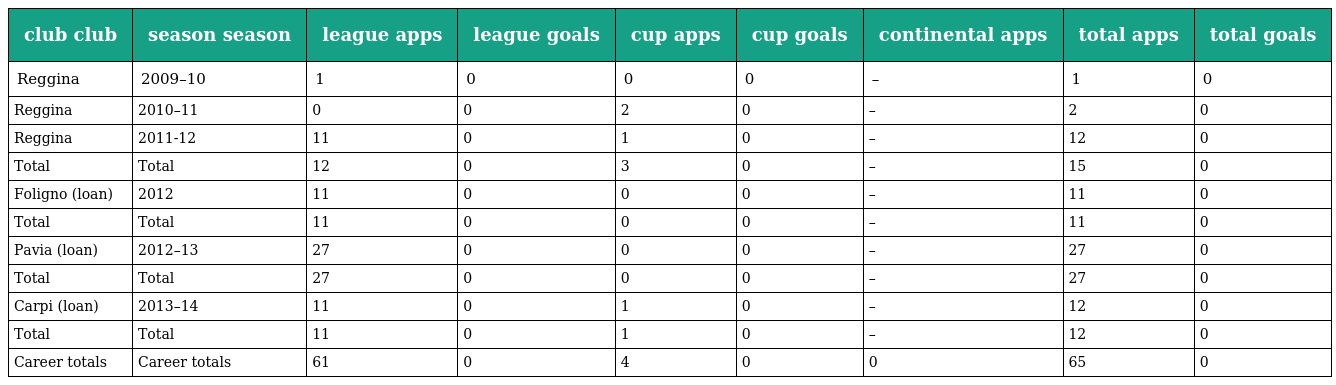
| club club | season season | league apps | league goals | cup apps | cup goals | continental apps | total apps | total goals |
 | --- | --- | --- | --- | --- | --- | --- | --- | --- |
 | Reggina | 2009–10 | 1 | 0 | 0 | 0 | – | 1 | 0 |
 | Reggina | 2010–11 | 0 | 0 | 2 | 0 | – | 2 | 0 |
 | Reggina | 2011-12 | 11 | 0 | 1 | 0 | – | 12 | 0 |
 | Total | Total | 12 | 0 | 3 | 0 | – | 15 | 0 |
 | Foligno (loan) | 2012 | 11 | 0 | 0 | 0 | – | 11 | 0 |
 | Total | Total | 11 | 0 | 0 | 0 | – | 11 | 0 |
 | Pavia (loan) | 2012–13 | 27 | 0 | 0 | 0 | – | 27 | 0 |
 | Total | Total | 27 | 0 | 0 | 0 | – | 27 | 0 |
 | Carpi (loan) | 2013–14 | 11 | 0 | 1 | 0 | – | 12 | 0 |
 | Total | Total | 11 | 0 | 1 | 0 | – | 12 | 0 |
 | Career totals | Career totals | 61 | 0 | 4 | 0 | 0 | 65 | 0 |